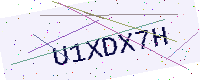
Text: U1XDX7H